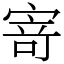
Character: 𭔃